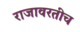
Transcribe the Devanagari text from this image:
राजावरतीच